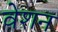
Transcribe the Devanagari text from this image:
वेशन